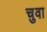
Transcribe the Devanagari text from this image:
चुवा